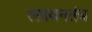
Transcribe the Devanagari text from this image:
रसायनतंत्र